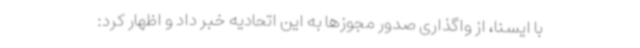
با ایسنا، از واگذاری صدور مجوزها به این اتحادیه خبر داد و اظهار کرد: